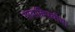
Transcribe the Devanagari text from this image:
गावाविषयीचा